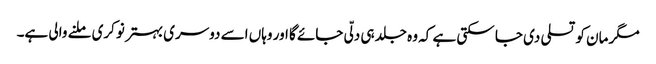
مگر مان کو تسلی دی جا سکتی ہے کہ وہ جلد ہی دلّی جائے گا اور وہاں اسے دوسری بہتر نوکری ملنے والی ہے۔